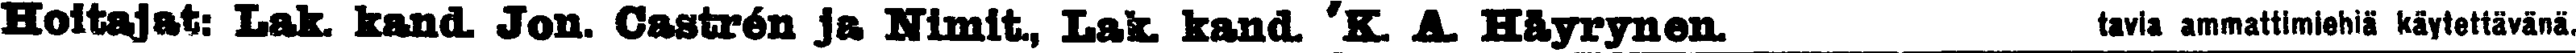
Hoitajat: Lk. kand. Jon. Castrén Ja Nimit., Lak. kand. K. A. Häyrynen.  tavia ammattimiehiä käytettävänä.